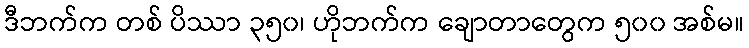
ဒီဘက်က တစ် ပိဿာ ၃၅၀၊ ဟိုဘက်က ချောတာတွေက ၅၀၀ အစ်မ။